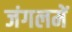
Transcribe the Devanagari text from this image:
जंगलमें